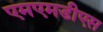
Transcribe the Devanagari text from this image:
एमएमडीएस